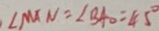
\angle M A N = \angle B A O = 4 5 ^ { \circ }